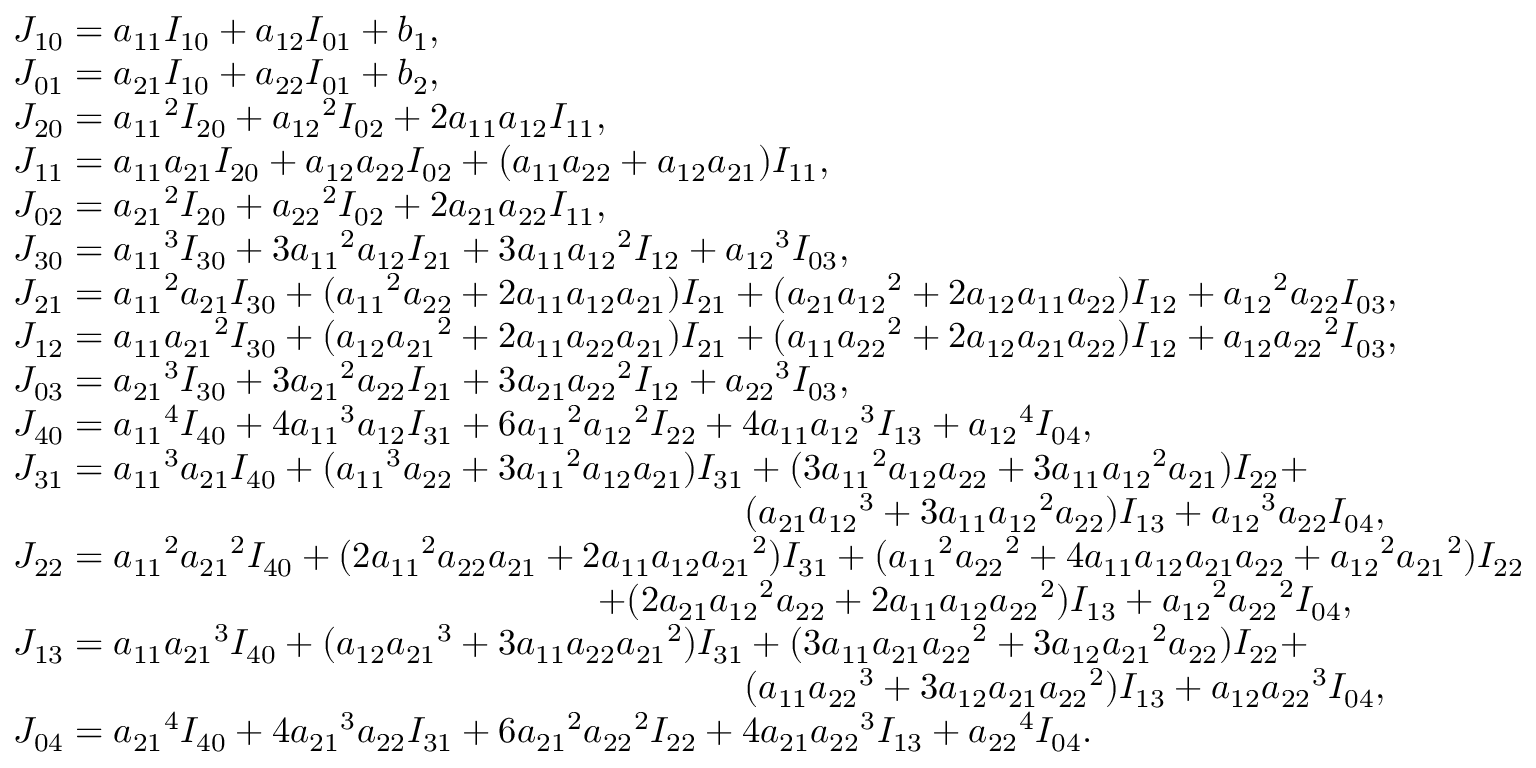
\begin{array} { l } { { J _ { 1 0 } } = { a _ { 1 1 } } { I _ { 1 0 } } + { a _ { 1 2 } } { I _ { 0 1 } } + { b _ { 1 } } , } \\ { { J _ { 0 1 } } = { a _ { 2 1 } } { I _ { 1 0 } } + { a _ { 2 2 } } { I _ { 0 1 } } + { b _ { 2 } } , } \\ { { J _ { 2 0 } } = { a _ { 1 1 } } ^ { 2 } { I _ { 2 0 } } + { a _ { 1 2 } } ^ { 2 } { I _ { 0 2 } } + 2 { a _ { 1 1 } } { a _ { 1 2 } } { I _ { 1 1 } } , } \\ { { J _ { 1 1 } } = { a _ { 1 1 } } { a _ { 2 1 } } { I _ { 2 0 } } + { a _ { 1 2 } } { a _ { 2 2 } } { I _ { 0 2 } } + ( { a _ { 1 1 } } { a _ { 2 2 } } + { a _ { 1 2 } } { a _ { 2 1 } } ) { I _ { 1 1 } } , } \\ { { J _ { 0 2 } } = { a _ { 2 1 } } ^ { 2 } { I _ { 2 0 } } + { a _ { 2 2 } } ^ { 2 } { I _ { 0 2 } } + 2 { a _ { 2 1 } } { a _ { 2 2 } } { I _ { 1 1 } } , } \\ { { J _ { 3 0 } } = { a _ { 1 1 } } ^ { 3 } { I _ { 3 0 } } + 3 { a _ { 1 1 } } ^ { 2 } { a _ { 1 2 } } { I _ { 2 1 } } + 3 { a _ { 1 1 } } { a _ { 1 2 } } ^ { 2 } { I _ { 1 2 } } + { a _ { 1 2 } } ^ { 3 } { I _ { 0 3 } } , } \\ { { J _ { 2 1 } } = { a _ { 1 1 } } ^ { 2 } { a _ { 2 1 } } { I _ { 3 0 } } + ( { a _ { 1 1 } } ^ { 2 } { a _ { 2 2 } } + 2 { a _ { 1 1 } } { a _ { 1 2 } } { a _ { 2 1 } } ) { I _ { 2 1 } } + ( { a _ { 2 1 } } { a _ { 1 2 } } ^ { 2 } + 2 { a _ { 1 2 } } { a _ { 1 1 } } { a _ { 2 2 } } ) { I _ { 1 2 } } + { a _ { 1 2 } } ^ { 2 } { a _ { 2 2 } } { I _ { 0 3 } } , } \\ { { J _ { 1 2 } } = { a _ { 1 1 } } { a _ { 2 1 } } ^ { 2 } { I _ { 3 0 } } + ( { a _ { 1 2 } } { a _ { 2 1 } } ^ { 2 } + 2 { a _ { 1 1 } } { a _ { 2 2 } } { a _ { 2 1 } } ) { I _ { 2 1 } } + ( { a _ { 1 1 } } { a _ { 2 2 } } ^ { 2 } + 2 { a _ { 1 2 } } { a _ { 2 1 } } { a _ { 2 2 } } ) { I _ { 1 2 } } + { a _ { 1 2 } } { a _ { 2 2 } } ^ { 2 } { I _ { 0 3 } } , } \\ { { J _ { 0 3 } } = { a _ { 2 1 } } ^ { 3 } { I _ { 3 0 } } + 3 { a _ { 2 1 } } ^ { 2 } { a _ { 2 2 } } { I _ { 2 1 } } + 3 { a _ { 2 1 } } { a _ { 2 2 } } ^ { 2 } { I _ { 1 2 } } + { a _ { 2 2 } } ^ { 3 } { I _ { 0 3 } } , } \\ { { J _ { 4 0 } } = { a _ { 1 1 } } ^ { 4 } { I _ { 4 0 } } + 4 { a _ { 1 1 } } ^ { 3 } { a _ { 1 2 } } { I _ { 3 1 } } + 6 { a _ { 1 1 } } ^ { 2 } { a _ { 1 2 } } ^ { 2 } { I _ { 2 2 } } + 4 { a _ { 1 1 } } { a _ { 1 2 } } ^ { 3 } { I _ { 1 3 } } + { a _ { 1 2 } } ^ { 4 } { I _ { 0 4 } } , } \\ { { J _ { 3 1 } } = { a _ { 1 1 } } ^ { 3 } { a _ { 2 1 } } { I _ { 4 0 } } + ( { a _ { 1 1 } } ^ { 3 } { a _ { 2 2 } } + 3 { a _ { 1 1 } } ^ { 2 } { a _ { 1 2 } } { a _ { 2 1 } } ) { I _ { 3 1 } } + ( 3 { a _ { 1 1 } } ^ { 2 } { a _ { 1 2 } } { a _ { 2 2 } } + 3 { a _ { 1 1 } } { a _ { 1 2 } } ^ { 2 } { a _ { 2 1 } } ) { I _ { 2 2 } } + } \\ { \qquad \qquad \qquad \qquad \qquad \qquad \qquad \qquad \qquad \qquad ( { a _ { 2 1 } } { a _ { 1 2 } } ^ { 3 } + 3 { a _ { 1 1 } } { a _ { 1 2 } } ^ { 2 } { a _ { 2 2 } } ) { I _ { 1 3 } } + { a _ { 1 2 } } ^ { 3 } { a _ { 2 2 } } { I _ { 0 4 } } , } \\ { { J _ { 2 2 } } = { a _ { 1 1 } } ^ { 2 } { a _ { 2 1 } } ^ { 2 } { I _ { 4 0 } } + ( 2 { a _ { 1 1 } } ^ { 2 } { a _ { 2 2 } } { a _ { 2 1 } } + 2 { a _ { 1 1 } } { a _ { 1 2 } } { a _ { 2 1 } } ^ { 2 } ) { I _ { 3 1 } } + ( { a _ { 1 1 } } ^ { 2 } { a _ { 2 2 } } ^ { 2 } + 4 { a _ { 1 1 } } { a _ { 1 2 } } { a _ { 2 1 } } { a _ { 2 2 } } + { a _ { 1 2 } } ^ { 2 } { a _ { 2 1 } } ^ { 2 } ) { I _ { 2 2 } } } \\ { \qquad \qquad \qquad \qquad \qquad \qquad \qquad \qquad + ( 2 { a _ { 2 1 } } { a _ { 1 2 } } ^ { 2 } { a _ { 2 2 } } + 2 { a _ { 1 1 } } { a _ { 1 2 } } { a _ { 2 2 } } ^ { 2 } ) { I _ { 1 3 } } + { a _ { 1 2 } } ^ { 2 } { a _ { 2 2 } } ^ { 2 } { I _ { 0 4 } } , } \\ { { J _ { 1 3 } } = { a _ { 1 1 } } { a _ { 2 1 } } ^ { 3 } { I _ { 4 0 } } + ( { a _ { 1 2 } } { a _ { 2 1 } } ^ { 3 } + 3 { a _ { 1 1 } } { a _ { 2 2 } } { a _ { 2 1 } } ^ { 2 } ) { I _ { 3 1 } } + ( 3 { a _ { 1 1 } } { a _ { 2 1 } } { a _ { 2 2 } } ^ { 2 } + 3 { a _ { 1 2 } } { a _ { 2 1 } } ^ { 2 } { a _ { 2 2 } } ) { I _ { 2 2 } } + } \\ { \qquad \qquad \qquad \qquad \qquad \qquad \qquad \qquad \qquad \qquad ( { a _ { 1 1 } } { a _ { 2 2 } } ^ { 3 } + 3 { a _ { 1 2 } } { a _ { 2 1 } } { a _ { 2 2 } } ^ { 2 } ) { I _ { 1 3 } } + { a _ { 1 2 } } { a _ { 2 2 } } ^ { 3 } { I _ { 0 4 } } , } \\ { { J _ { 0 4 } } = { a _ { 2 1 } } ^ { 4 } { I _ { 4 0 } } + 4 { a _ { 2 1 } } ^ { 3 } { a _ { 2 2 } } { I _ { 3 1 } } + 6 { a _ { 2 1 } } ^ { 2 } { a _ { 2 2 } } ^ { 2 } { I _ { 2 2 } } + 4 { a _ { 2 1 } } { a _ { 2 2 } } ^ { 3 } { I _ { 1 3 } } + { a _ { 2 2 } } ^ { 4 } { I _ { 0 4 } } . } \end{array}